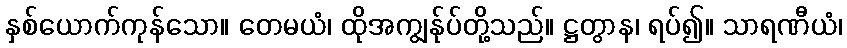
နှစ်ယောက်ကုန်သော။ တေမယံ၊ ထိုအကျွန်ုပ်တို့သည်။ ဋ္ဌတွာန၊ ရပ်၍။ သာရဏီယံ၊